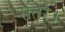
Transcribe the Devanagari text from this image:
संतरे।